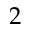
2